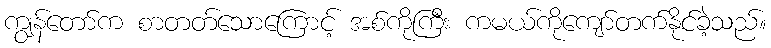
ကျွန်တော်က စာတတ်သောကြောင့် အစ်ကိုကြီး ကမယ်ကိုကျော်တက်နိုင်ခဲ့သည်။